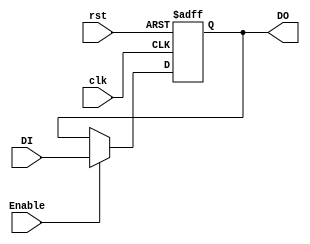
/**********************************************************************************************
 * Project Name       : Register
 * Module description : 
 * Target             : 5CSXFC6D6F31C6
 **********************************************************************************************/

module Register #(parameter n = 10) (
    input              rst,
    input              clk,
    input              Enable,
    input      [n-1:0] DI,
    output reg [n-1:0] DO
);

always @(posedge clk, posedge rst) begin
    if (rst) begin
        DO <= 0;
    end else begin
        if(Enable)
            DO <= DI;
        else 
            DO <= DO;
    end
end

endmodule